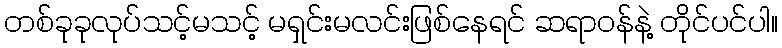
တစ်ခုခုလုပ်သင့်မသင့် မရှင်းမလင်းဖြစ်နေရင် ဆရာဝန်နဲ့ တိုင်ပင်ပါ။